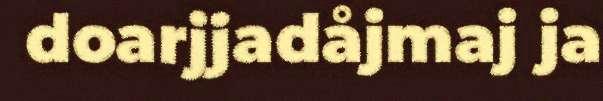
doarjjadåjmaj ja